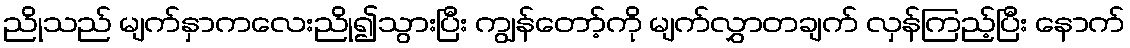
ညိုသည် မျက်နှာကလေးညို၍သွားပြီး ကျွန်တော့်ကို မျက်လွှာတချက် လှန်ကြည့်ပြီး နောက်